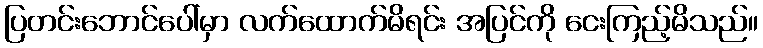
ပြတင်းဘောင်ပေါ်မှာ လက်ထောက်မိရင်း အပြင်ကို ငေးကြည့်မိသည်။